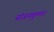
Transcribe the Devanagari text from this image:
संजयकुमार